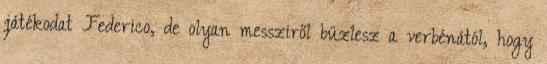
játékodat Federico, de olyan messziről büzlesz a verbénától, hogy